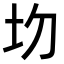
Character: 𡉍